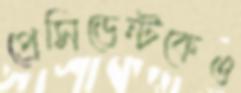
প্রেসিডেন্টকেও